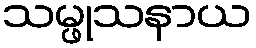
သမ္ဖုသနာယ